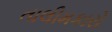
તાલીમકારો